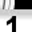
Digit: 1